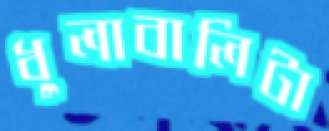
ধুলাবালিটা